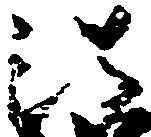
法